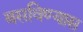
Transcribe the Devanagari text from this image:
बसविण्यास